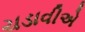
ચડાવીએ